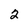
Character: 2